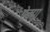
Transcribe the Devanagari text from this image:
ऐक्मा